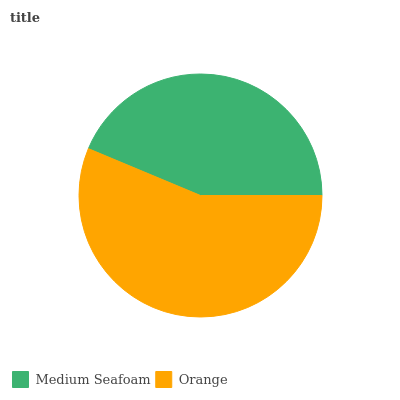
| Medium Seafoam | Orange |
 | --- | --- |
 | 43.7% | 56.3% |